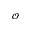
\scriptscriptstyle \mathcal { O }